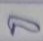
ล